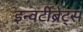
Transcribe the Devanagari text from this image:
इन्वर्टीब्रेट्स